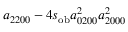
a _ { 2 2 0 0 } - 4 s _ { \mathrm { o b } } a _ { 0 2 0 0 } ^ { 2 } a _ { 2 0 0 0 } ^ { 2 }